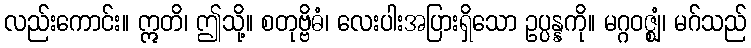
လည်းကောင်း။ ဣတိ၊ ဤသို့။ စတုဗ္ဗိဓံ၊ လေးပါးအပြားရှိသော ဥပ္ပန္နကို။ မဂ္ဂဝဇ္ဈံ၊ မဂ်သည်